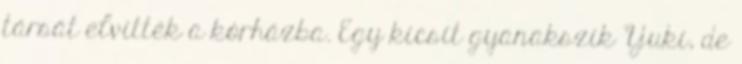
társát elvitték a kórházba. Egy kicsit gyanakszik Yuki, de